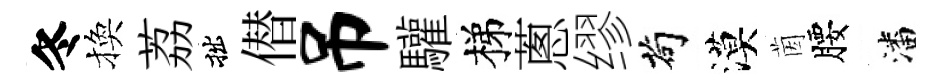
冬換荔拙僣吊驩梯蔥缪茍漠茵腰潘